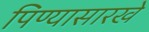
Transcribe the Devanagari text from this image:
पिण्यासारखे